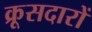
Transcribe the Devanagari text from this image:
क्रूसदारों